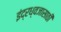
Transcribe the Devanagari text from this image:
इंद्रध्वजासाठी